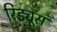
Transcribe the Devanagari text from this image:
रिड्यूस